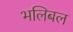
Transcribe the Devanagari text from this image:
भलिबल